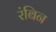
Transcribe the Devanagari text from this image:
रंबिन